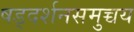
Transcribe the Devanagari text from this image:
षड्दर्शनसमुच्चय